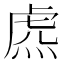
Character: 𧆸